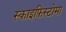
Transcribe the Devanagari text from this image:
स्काइफ़िस्टोमा